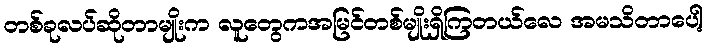
တစ်ခုလပ်ဆိုတာမျိုးက လူတွေကအမြင်တစ်မျိုးရှိကြတယ်လေ အမသိတာပေါ့